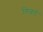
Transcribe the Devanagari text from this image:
गिल्बर्ड